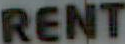
RENT